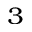
^ 3